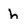
Character: h